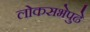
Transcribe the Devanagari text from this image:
लोकसभेपुढे